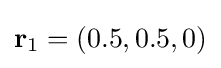
\mathbf {r} _{1}=(0.5,0.5,0)